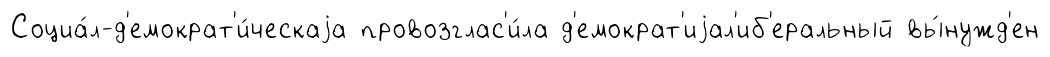
Социа́л-д'емократ'и́ческаjа провозглас'и́ла д'емократ'иjал'иб'еральный вы́нужд'ен